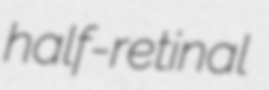
half-retinal